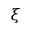
\xi